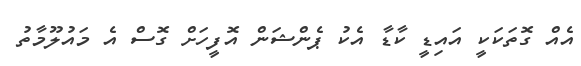
އެއް ގޮތަކަކީ އައިޑީ ކާޑާ އެކު ޕެންޝަން އޮފީހަށް ގޮސް އެ މައުލޫމާތު